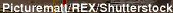
Picturemall/REX/Shutterstock